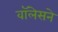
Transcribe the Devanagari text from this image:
वॉलेसने